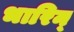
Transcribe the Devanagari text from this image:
भारिन्‌